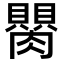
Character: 𦢆